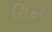
રિટિશ